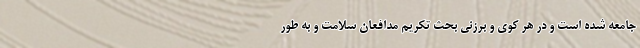
جامعه شده است و در هر کوی و برزنی بحث تکریم مدافعان سلامت و به طور